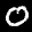
Label: 0